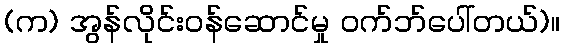
(က) အွန်လိုင်းဝန်ဆောင်မှု ဝက်ဘ်ပေါ်တယ်)။